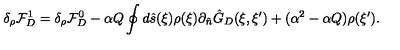
{ \delta _ { \rho } } { \mathcal { F } _ { D } ^ { 1 } } = { \delta _ { \rho } } { \mathcal { F } _ { D } ^ { 0 } } - \alpha { Q } \oint { d } \hat { s } ( \xi ) \rho ( \xi ) { \partial _ { \hat { n } } } { \hat { G } _ { D } } ( \xi , \xi ^ { \prime } ) + ( { \alpha ^ { 2 } } - \alpha { Q } ) \rho ( \xi ^ { \prime } ) .